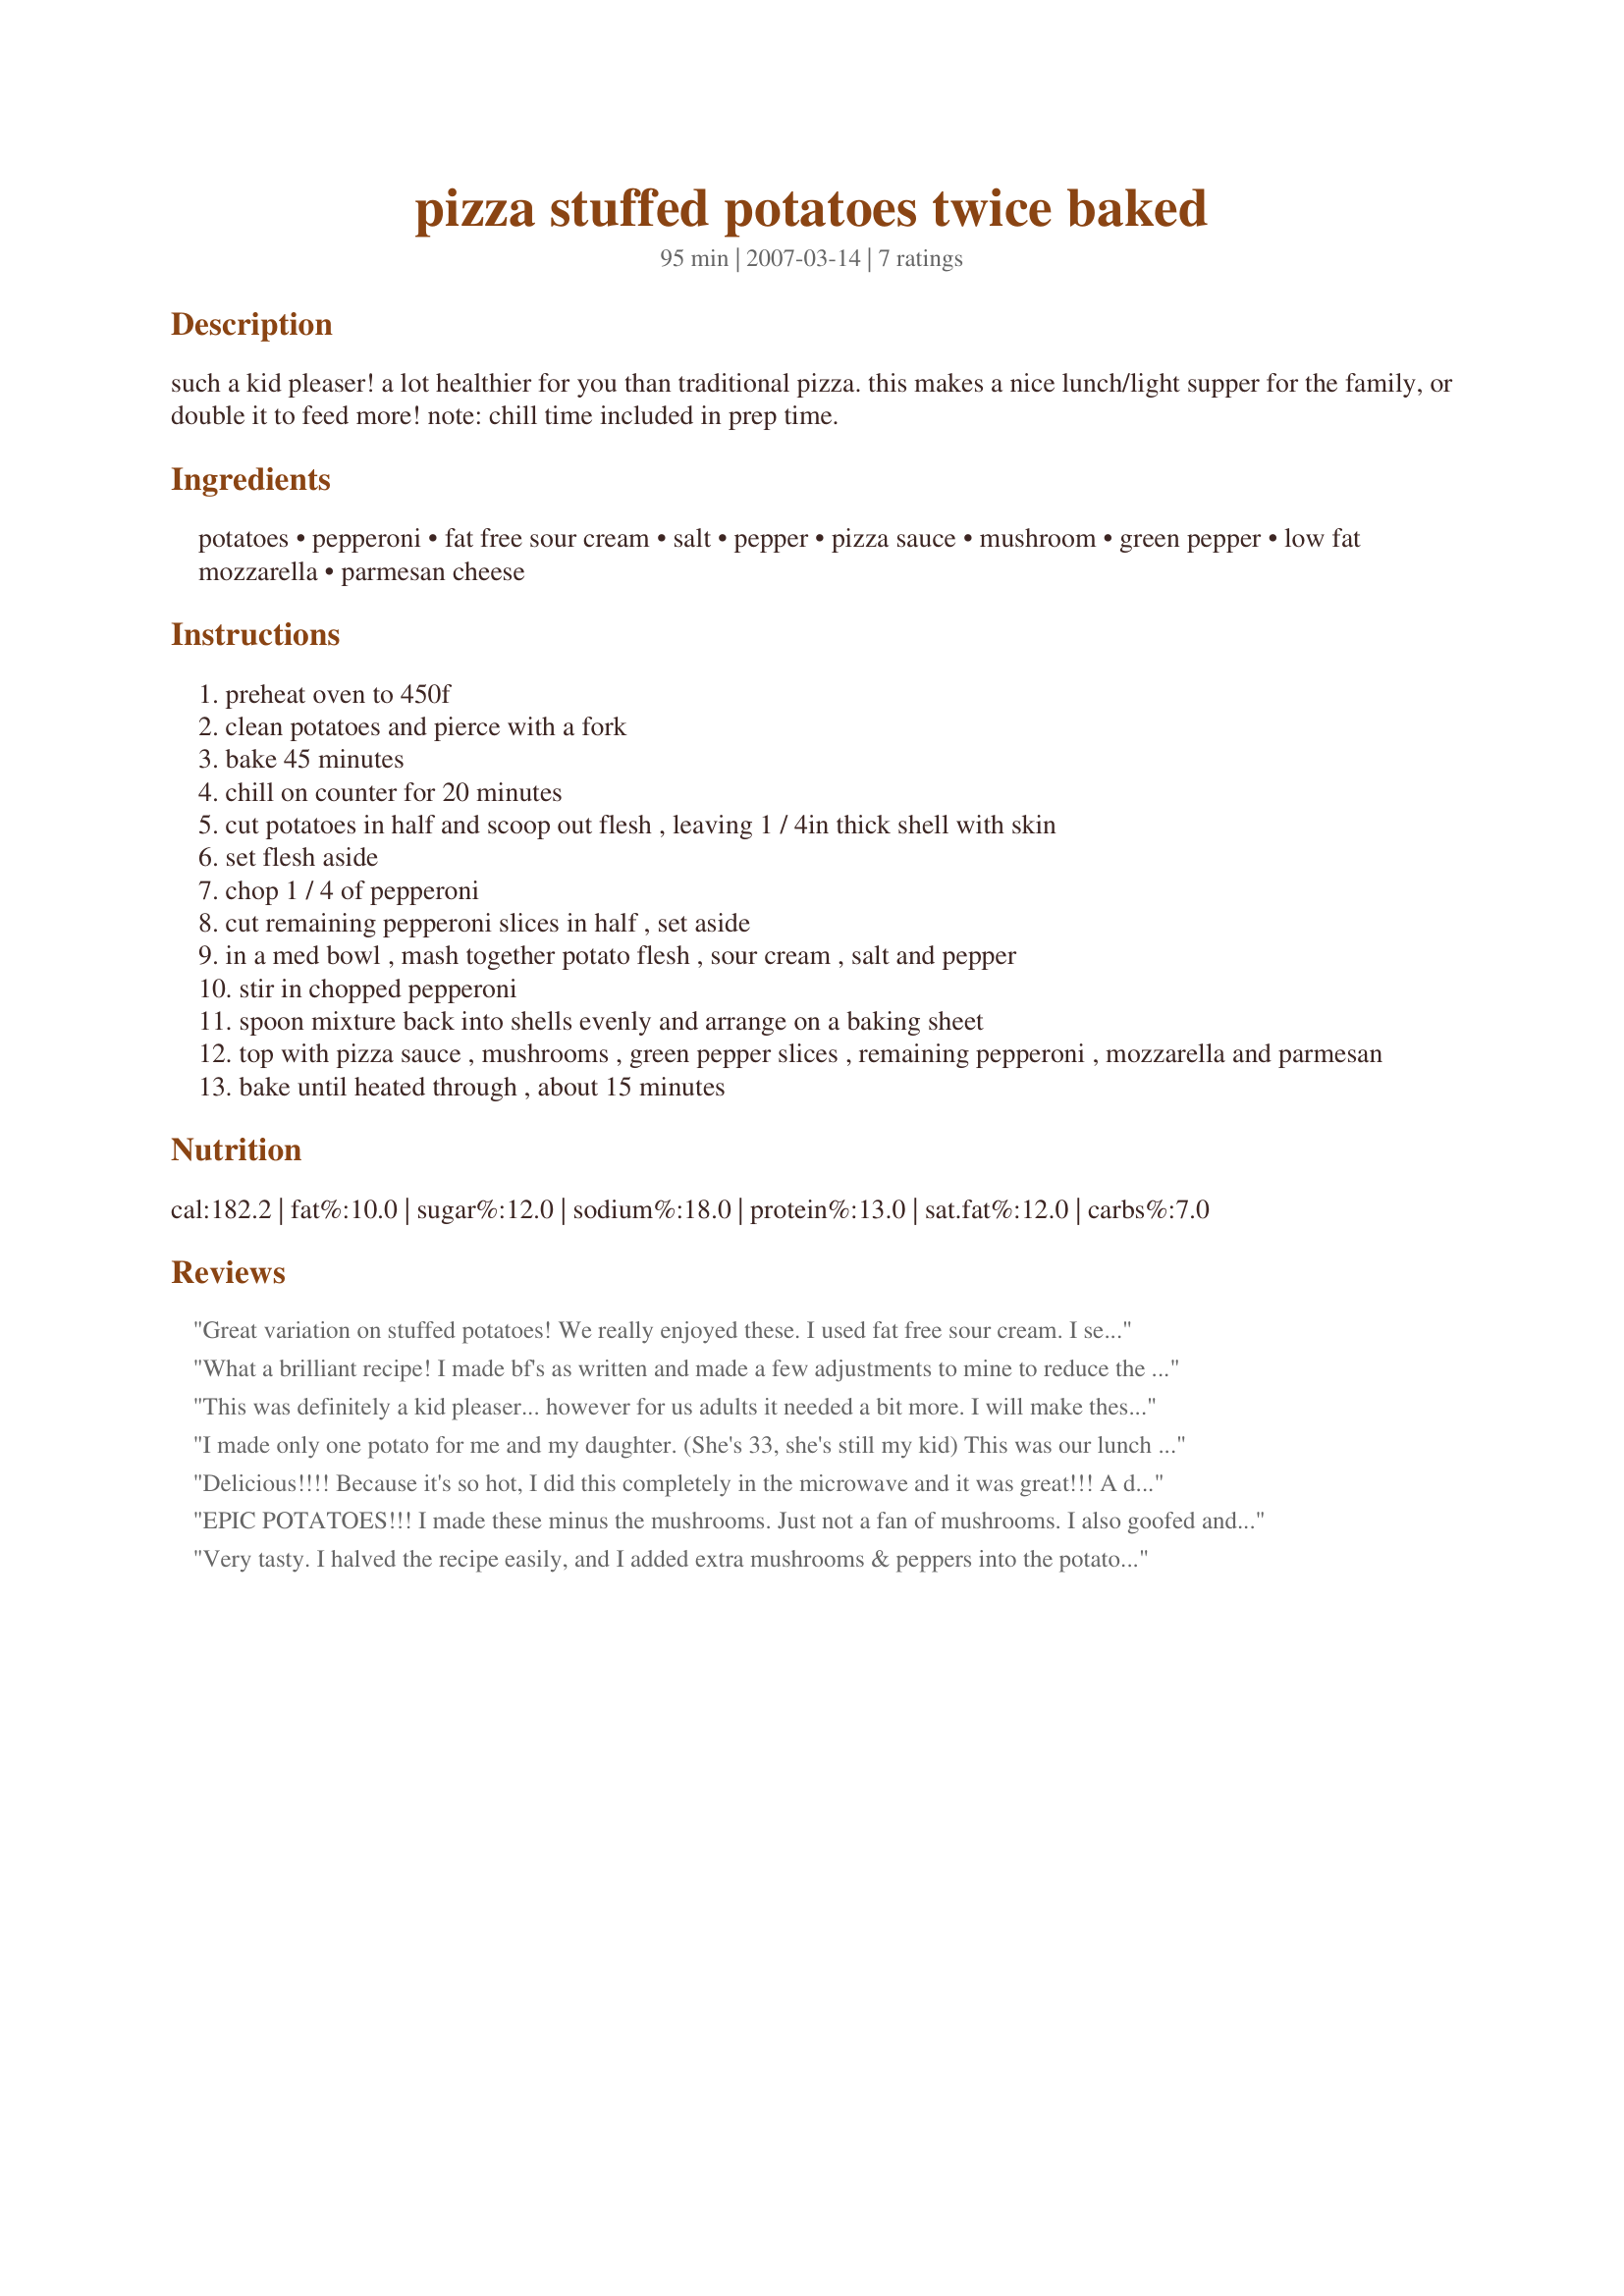
pizza stuffed potatoes twice baked
Preparation time: 95 minutes

such a kid pleaser! a lot healthier for you than traditional pizza. this makes a nice lunch/light supper for the family, or double it to feed more! note: chill time included in prep time.

Ingredients:
potatoes, pepperoni, fat free sour cream, salt, pepper, pizza sauce, mushroom, green pepper, low fat mozzarella, parmesan cheese

Steps:
preheat oven to 450f
clean potatoes and pierce with a fork
bake 45 minutes
chill on counter for 20 minutes
cut potatoes in half and scoop out flesh , leaving 1 / 4in thick shell with skin
set flesh aside
chop 1 / 4 of pepperoni
cut remaining pepperoni slices in half , set aside
in a med bowl , mash together potato flesh , sour cream , salt and pepper
stir in chopped pepperoni
spoon mixture back into shells evenly and arrange on a baking sheet
top with pizza sauce , mushrooms , green pepper slices , remaining pepperoni , mozzarella and parmesan
bake until heated through , about 15 minutes

Reviews:
Great variation on stuffed potatoes! We really enjoyed these. I used fat free sour cream. I served it with extra pizza sauce on the table for those who like lots of sauce. Accompanied by broccoli, it was a nice meal. Thanks for sharing!
What a brilliant recipe! I made bf's as written and made a few adjustments to mine to reduce the fat. I mixed the pizza sauce in with the potato for mine and left out the chopped pepperoni. Both ways it was an excellent dish and one we'll certainly repeat with lots of variations!
This was definitely a kid pleaser... however for us adults it needed a bit more. I will make these again but use my homemade chunky basil sauce, a bit more sour cream, maybe some canadian bacon and more cheese. I did leave out the green pepper and mushrooms - that may have been the bit more we needed. Overall a good recipe I will make again
I made only one potato for me and my daughter. (She's 33, she's still my kid) This was our lunch today. We loved it! I used turkey pepperoni and red bell pepper cuz I was out of green. Her's was without mushrooms. This is so easy to prepare but the time to cook seems forever. I can see wanting to cook the potatoes in the microwave except that the skin doesn't come out nice and crisp. This was a really nice change for a good and satisfying lunch. Made for "Top Favorite 2009 Recipes". Thanks for posting. :)
Delicious!!!! Because it's so hot, I did this completely in the microwave and it was great!!! A definite keeper!!!
EPIC POTATOES!!! I made these minus the mushrooms. Just not a fan of mushrooms. I also goofed and forgot the sauce in the filling. This did not matter. I heated the sauce and poured it on top. Possibly the greatest potato dish I&#039;ve had. The pizza flavor didn&#039;t overtake the potato and the potato didn&#039;t overtake the pizza. I give 5 stars even with my accidental tweak because these were a hit with everyone at the table. Also really good reheated for lunch the next day. Best part, GLUTEN FREE.
Very tasty. I halved the recipe easily, and I added extra mushrooms & peppers into the potato mixture as well as on top. I used turkey pepperoni and low-fat sour cream. I didn't measure out the pizza sauce, but spooned about 1 Tbsp on each potato half. DH & I both really liked these; I made them a meal paired with a big green salad. Next time, I'll add chopped onions :)
